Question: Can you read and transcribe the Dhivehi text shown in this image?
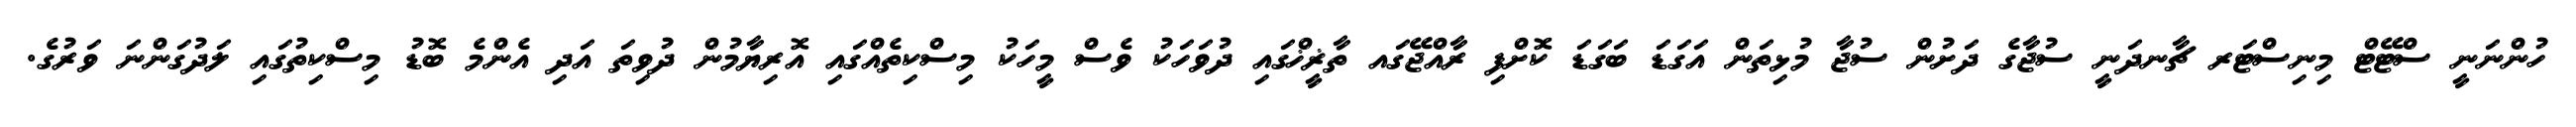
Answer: ހުންނަނީ ސްޓޭޓް މިނިސްޓަރ ޗާނދަނީ ސުޖާގެ ދަށުން ސުޖާ މުޅިތަން އަގަޑަ ބަގަޑަ ކޮށްފި ރާއްޖޭގައ ތާޜީޚްގައި ދުވަހަކު ވެސް މީހަކު މިސްކިތެއްގައި އޮރިޔާމުން ދުވިތަ އަދި އެންމެ ބޮޑު މިސްކިތުގައި ލަދުގަންނަ ވަރުގެ.